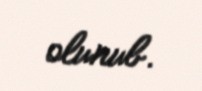
olunub.